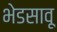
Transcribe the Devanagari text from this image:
भेडसावू